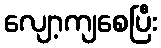
လျော့ကျစေပြီး